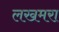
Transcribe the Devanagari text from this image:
लखमरा